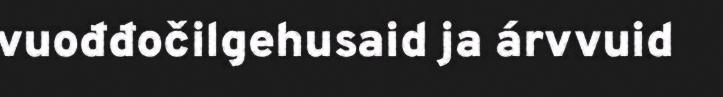
vuođđočilgehusaid ja árvvuid